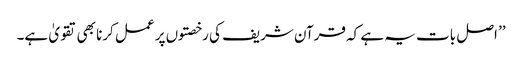
’’ اصل بات یہ ہے کہ قرآن شریف کی رخصتوں پر عمل کرنا بھی تقویٰ ہے۔